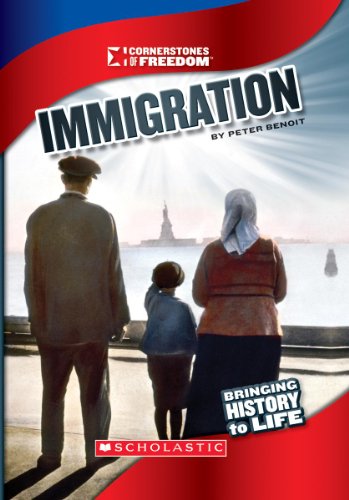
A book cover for Immigration (Cornerstones of Freedom: Third); Peter Benoit; Children's Books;